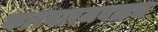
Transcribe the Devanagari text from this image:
कारवारजवळच